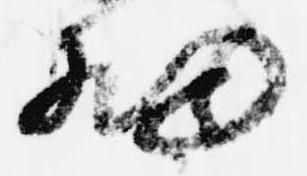
細